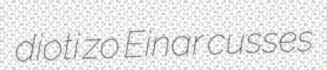
dioti zo Einar cusses